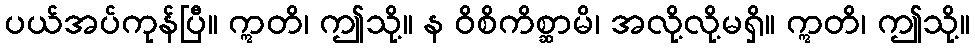
ပယ်အပ်ကုန်ပြီ။ ဣတိ၊ ဤသို့။ န ဝိစိကိစ္ဆာမိ၊ အလို့လို့မရှိ။ ဣတိ၊ ဤသို့။